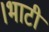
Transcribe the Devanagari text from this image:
।भाटी